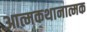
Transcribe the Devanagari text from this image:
आत्मकथानात्मक